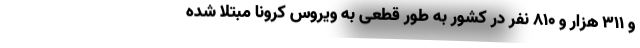
و ۳۱۱ هزار و ۸۱۰ نفر در کشور به طور قطعی به ویروس کرونا مبتلا شده